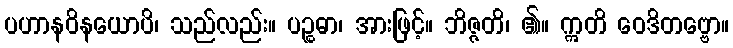
ပဟာနဝိနယောပိ၊ သည်လည်း။ ပဉ္စဓာ၊ အားဖြင့်။ ဘိဇ္ဇတိ၊ ၏။ ဣတိ ဝေဒိတဗ္ဗော။